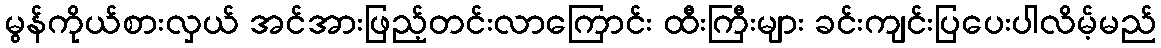
မွန်ကိုယ်စားလှယ် အင်အားဖြည့်တင်းလာကြောင်း ထီးကြီးများ ခင်းကျင်းပြပေးပါလိမ့်မည်